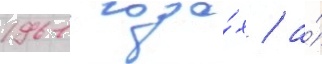
1961 года́х / а́